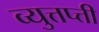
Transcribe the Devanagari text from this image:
व्युत्तप्त्ती